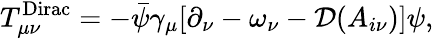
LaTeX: T_{\mu\nu}^{\mathrm{Dirac}}=-\bar{\psi}\gamma_{\mu}[\partial_{\nu}-\omega_{\nu}-{\cal D}(A_{i\nu})]\psi,